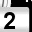
Digit: 2